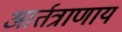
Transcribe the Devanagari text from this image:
आर्तत्राणाय